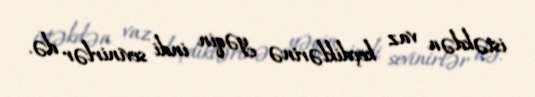
istəkdən vaz keçdiklərinə yəqin indi sevinirlər də.